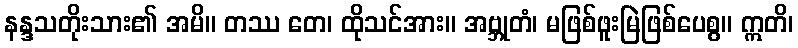
နန္ဒသတိုးသား၏ အမိ။ တဿ တေ၊ ထိုသင်အား။ အဗ္ဘုတံ၊ မဖြစ်ဖူးမြဲဖြစ်ပေစွ။ ဣတိ၊